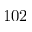
1 0 2